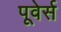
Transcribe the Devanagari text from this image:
पूवेर्स